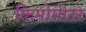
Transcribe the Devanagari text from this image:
किमोमीटर